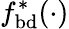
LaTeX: f_{\mathrm{{bd}}}^{*}(\cdot)